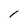
Character: 1